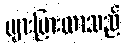
များပြားလာသည်